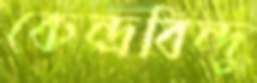
কেন্দ্রবিন্দু